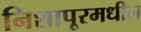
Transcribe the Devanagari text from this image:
निशापूरमधील